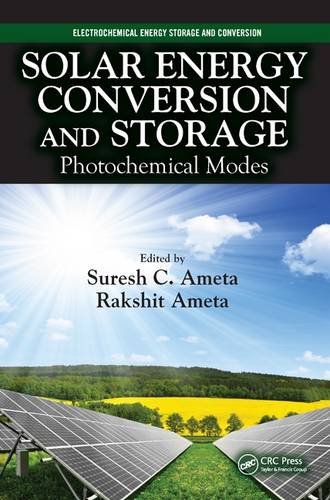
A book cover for Solar Energy Conversion and Storage: Photochemical Modes (Electrochemical Energy Storage and Conversion); Engineering & Transportation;